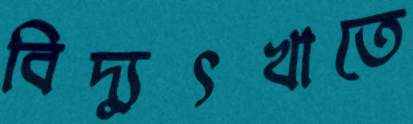
বিদ্যুৎখাতে